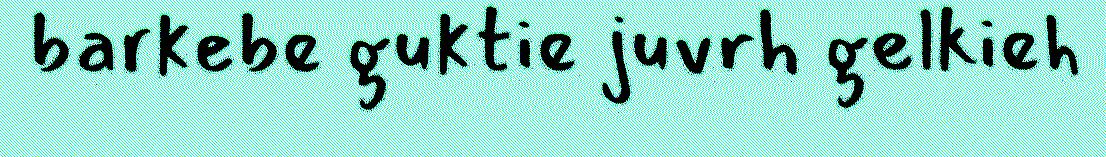
barkebe guktie juvrh gelkieh